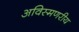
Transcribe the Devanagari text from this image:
अविस्मणरीय